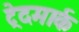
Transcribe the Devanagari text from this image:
ट्रेदमार्क